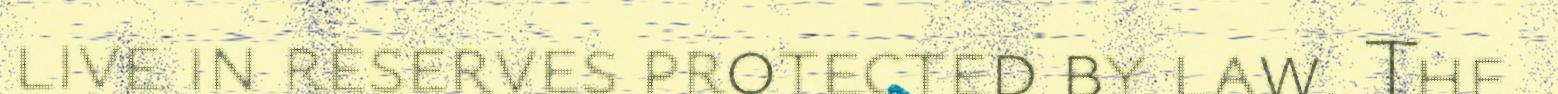
live in reserves protected by law. The